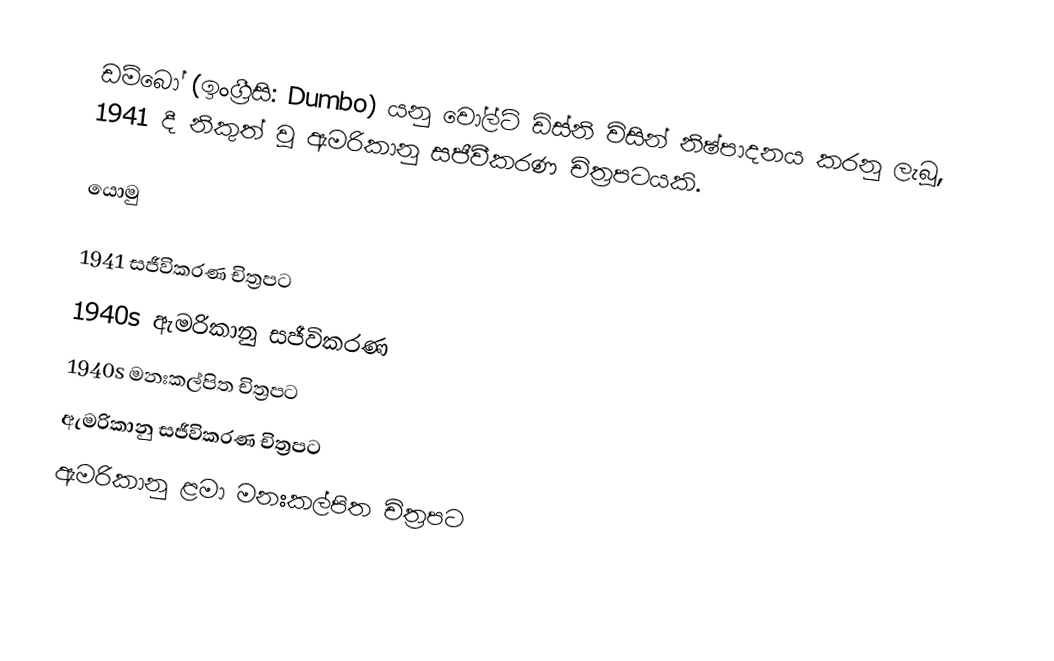
ඩම්බෝ (ඉංග්‍රීසි: Dumbo) යනු වෝල්ට් ඩිස්නි විසින් නිෂ්පාදනය කරනු ලැබූ, 1941 දී නිකුත් වූ ඇමරිකානු සජීවීකරණ චිත්‍රපටයකි.

යොමු

1941 සජීවිකරණ චිත්‍රපට
1940s ඇමරිකානු සජීවිකරණ
1940s මනඃකල්පිත චිත්‍රපට
ඇමරිකානු සජීවිකරණ චිත්‍රපට
ඇමරිකානු ළමා මනඃකල්පිත චිත්‍රපට